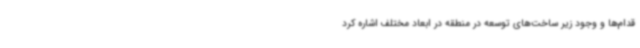
قدام‌ها و وجود زیر ساخت‌های توسعه در منطقه در ابعاد مختلف اشاره کرد